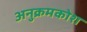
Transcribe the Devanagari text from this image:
अनुक्रमकोश